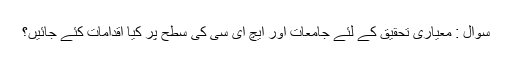
سوال : معیاری تحقیق کے لئے جامعات اور ایچ ای سی کی سطح پر کیا اقدامات کئے جائیں؟